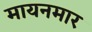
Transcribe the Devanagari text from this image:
मायनमार